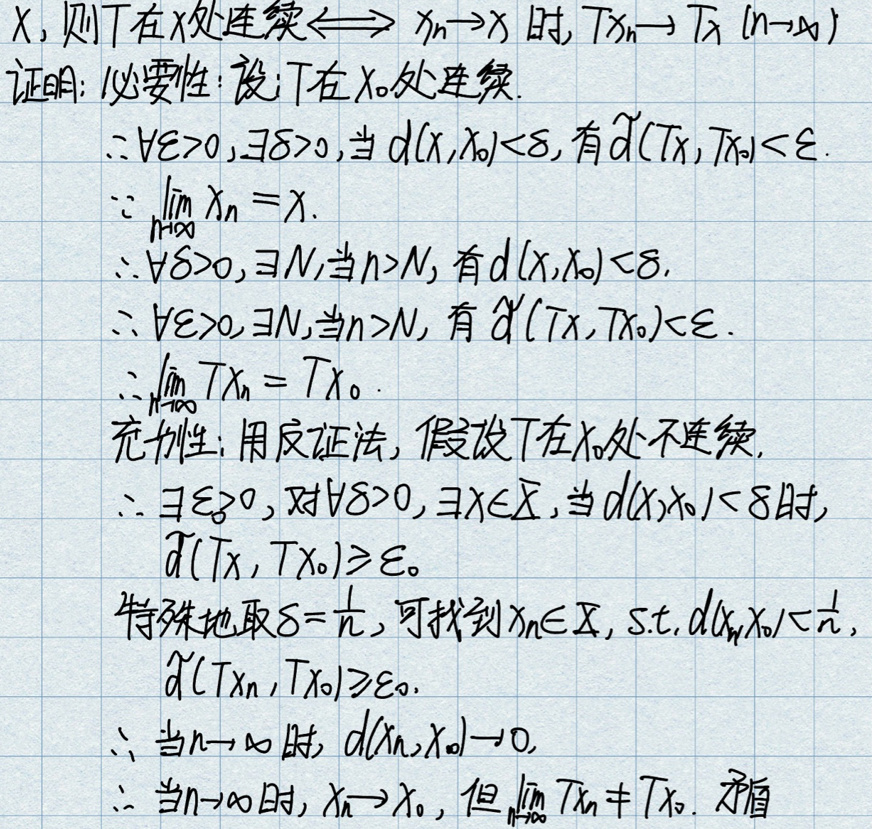
\begin{proof}
必要性：设T在\(x_0\)处连续
\(\because \forall \varepsilon > 0,\exists \delta > 0\),当\(d(x,x_0)<\delta\)时，有\(d(Tx,Tx_0)<\varepsilon\)
\(\lim_{n\rightarrow\infty}x_n = x\)
\(\therefore \forall \delta > 0,\exists N\),当\(n > N\)时，有\(d(x_n,x_0)<\delta\)
\(\therefore \forall \varepsilon > 0,\exists N\),当\(n > N\)时，有\(d(Tx_n,Tx_0)<\varepsilon\)
\(\lim_{n\rightarrow\infty}Tx_n = Tx_0\)

充分性：用反证法，假设T在\(x_0\)处不连续
\(\therefore \exists \varepsilon_0 > 0,\forall \delta > 0,\exists x\in X\),当\(d(x,x_0)<\delta\)时，\(d(Tx,Tx_0)\geqslant\varepsilon_0\)

特别地取\(\delta=\frac{1}{n}\)，可找到\(x_n\in X\),s.t.\(d(x_n,x_0)<\frac{1}{n}\)，\(d(Tx_n,Tx_0)\geqslant\varepsilon_0\)

\(\therefore\)当\(n\rightarrow\infty\)时，\(d(x_n,x_0)\rightarrow 0\)

\(\therefore\)当\(n\rightarrow\infty\)时，\(x_n\rightarrow x_0\)，但\(\lim_{n\rightarrow\infty}Tx_n\neq Tx_0\)，矛盾
\end{proof}